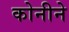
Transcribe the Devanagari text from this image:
कोनीने